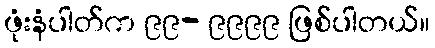
ဖုံးနံပါတ်က ၉၉- ၉၉၉၉ ဖြစ်ပါတယ်။